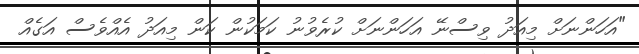
"އަހަންނަށް މިއަދު ވިސްނޭ އަހަންނަށް ކުރެވުނު ކަމަކުން ކަން މިއަދު އެއްވެސް އަގެއް